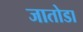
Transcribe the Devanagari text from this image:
जातोडा